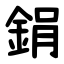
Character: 鋗